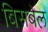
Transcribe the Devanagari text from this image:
बिसबेल